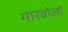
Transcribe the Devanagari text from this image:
मारवोलो